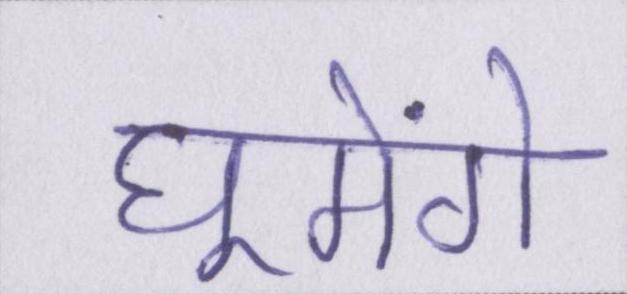
घूमेंगे